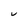
Character: U